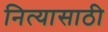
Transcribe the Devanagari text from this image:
नित्यासाठी